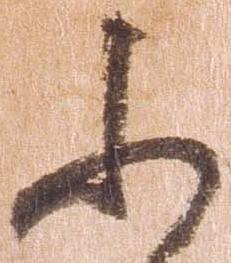
ふ